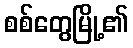
စစ်တွေမြို့၏